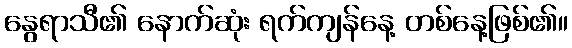
နွေရာသီ၏ နောက်ဆုံး ရက်ကျန်နေ့ တစ်နေ့ဖြစ်၏။